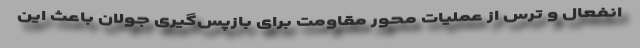
انفعال و ترس از عملیات محور مقاومت برای بازپس‌گیری جولان باعث این